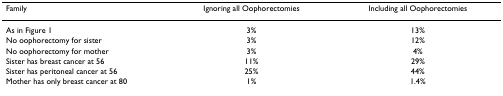
| Family | Ignoring all Oophorectomies | Including all Oophorectomies |
 | --- | --- | --- |
 | As in Figure 1 | 3% | 13% |
 | No oophorectomy for sister | 3% | 12% |
 | No oophorectomy for mother | 3% | 4% |
 | Sister has breast cancer at 56 | 11% | 29% |
 | Sister has peritoneal cancer at 56 | 25% | 44% |
 | Mother has only breast cancer at 80 | 1% | 1.4% |